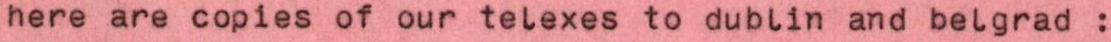
here are copies of our telexes to dublin and belgrad :